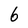
Character: 6